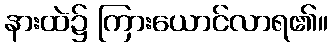
နားထဲ၌ ကြားယောင်လာရ၏။